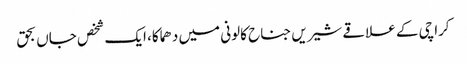
کراچی کے علاقے شیریں جناح کالونی میں دھماکا، ایک شخص جاں بحق